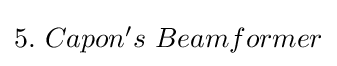
\textstyle 5.\ Capon's\ Beamformer